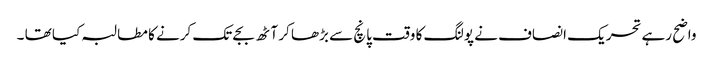
واضح رہے تحریک انصاف نے پولنگ کا وقت پانچ سے بڑھا کر آٹھ بجے تک کرنے کا مطالبہ کیا تھا ۔